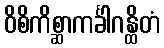
ဝိစိကိစ္ဆာကင်္ခါဂန္ထိတံ